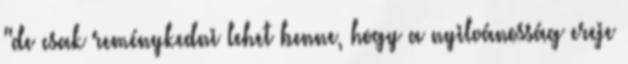
"de csak reménykedni lehet benne, hogy a nyilvánosság ereje